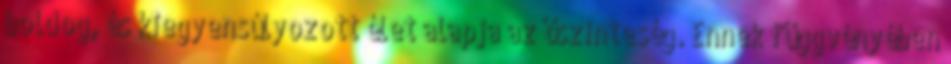
boldog, és kiegyensúlyozott élet alapja az őszinteség. Ennek függvényében